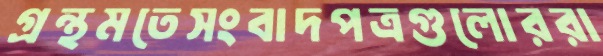
গ্রন্থমতেসংবাদপত্রগুলোররা